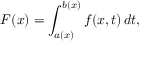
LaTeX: F ( x ) = \int _ { a ( x ) } ^ { b ( x ) } f ( x , t ) \, d t ,